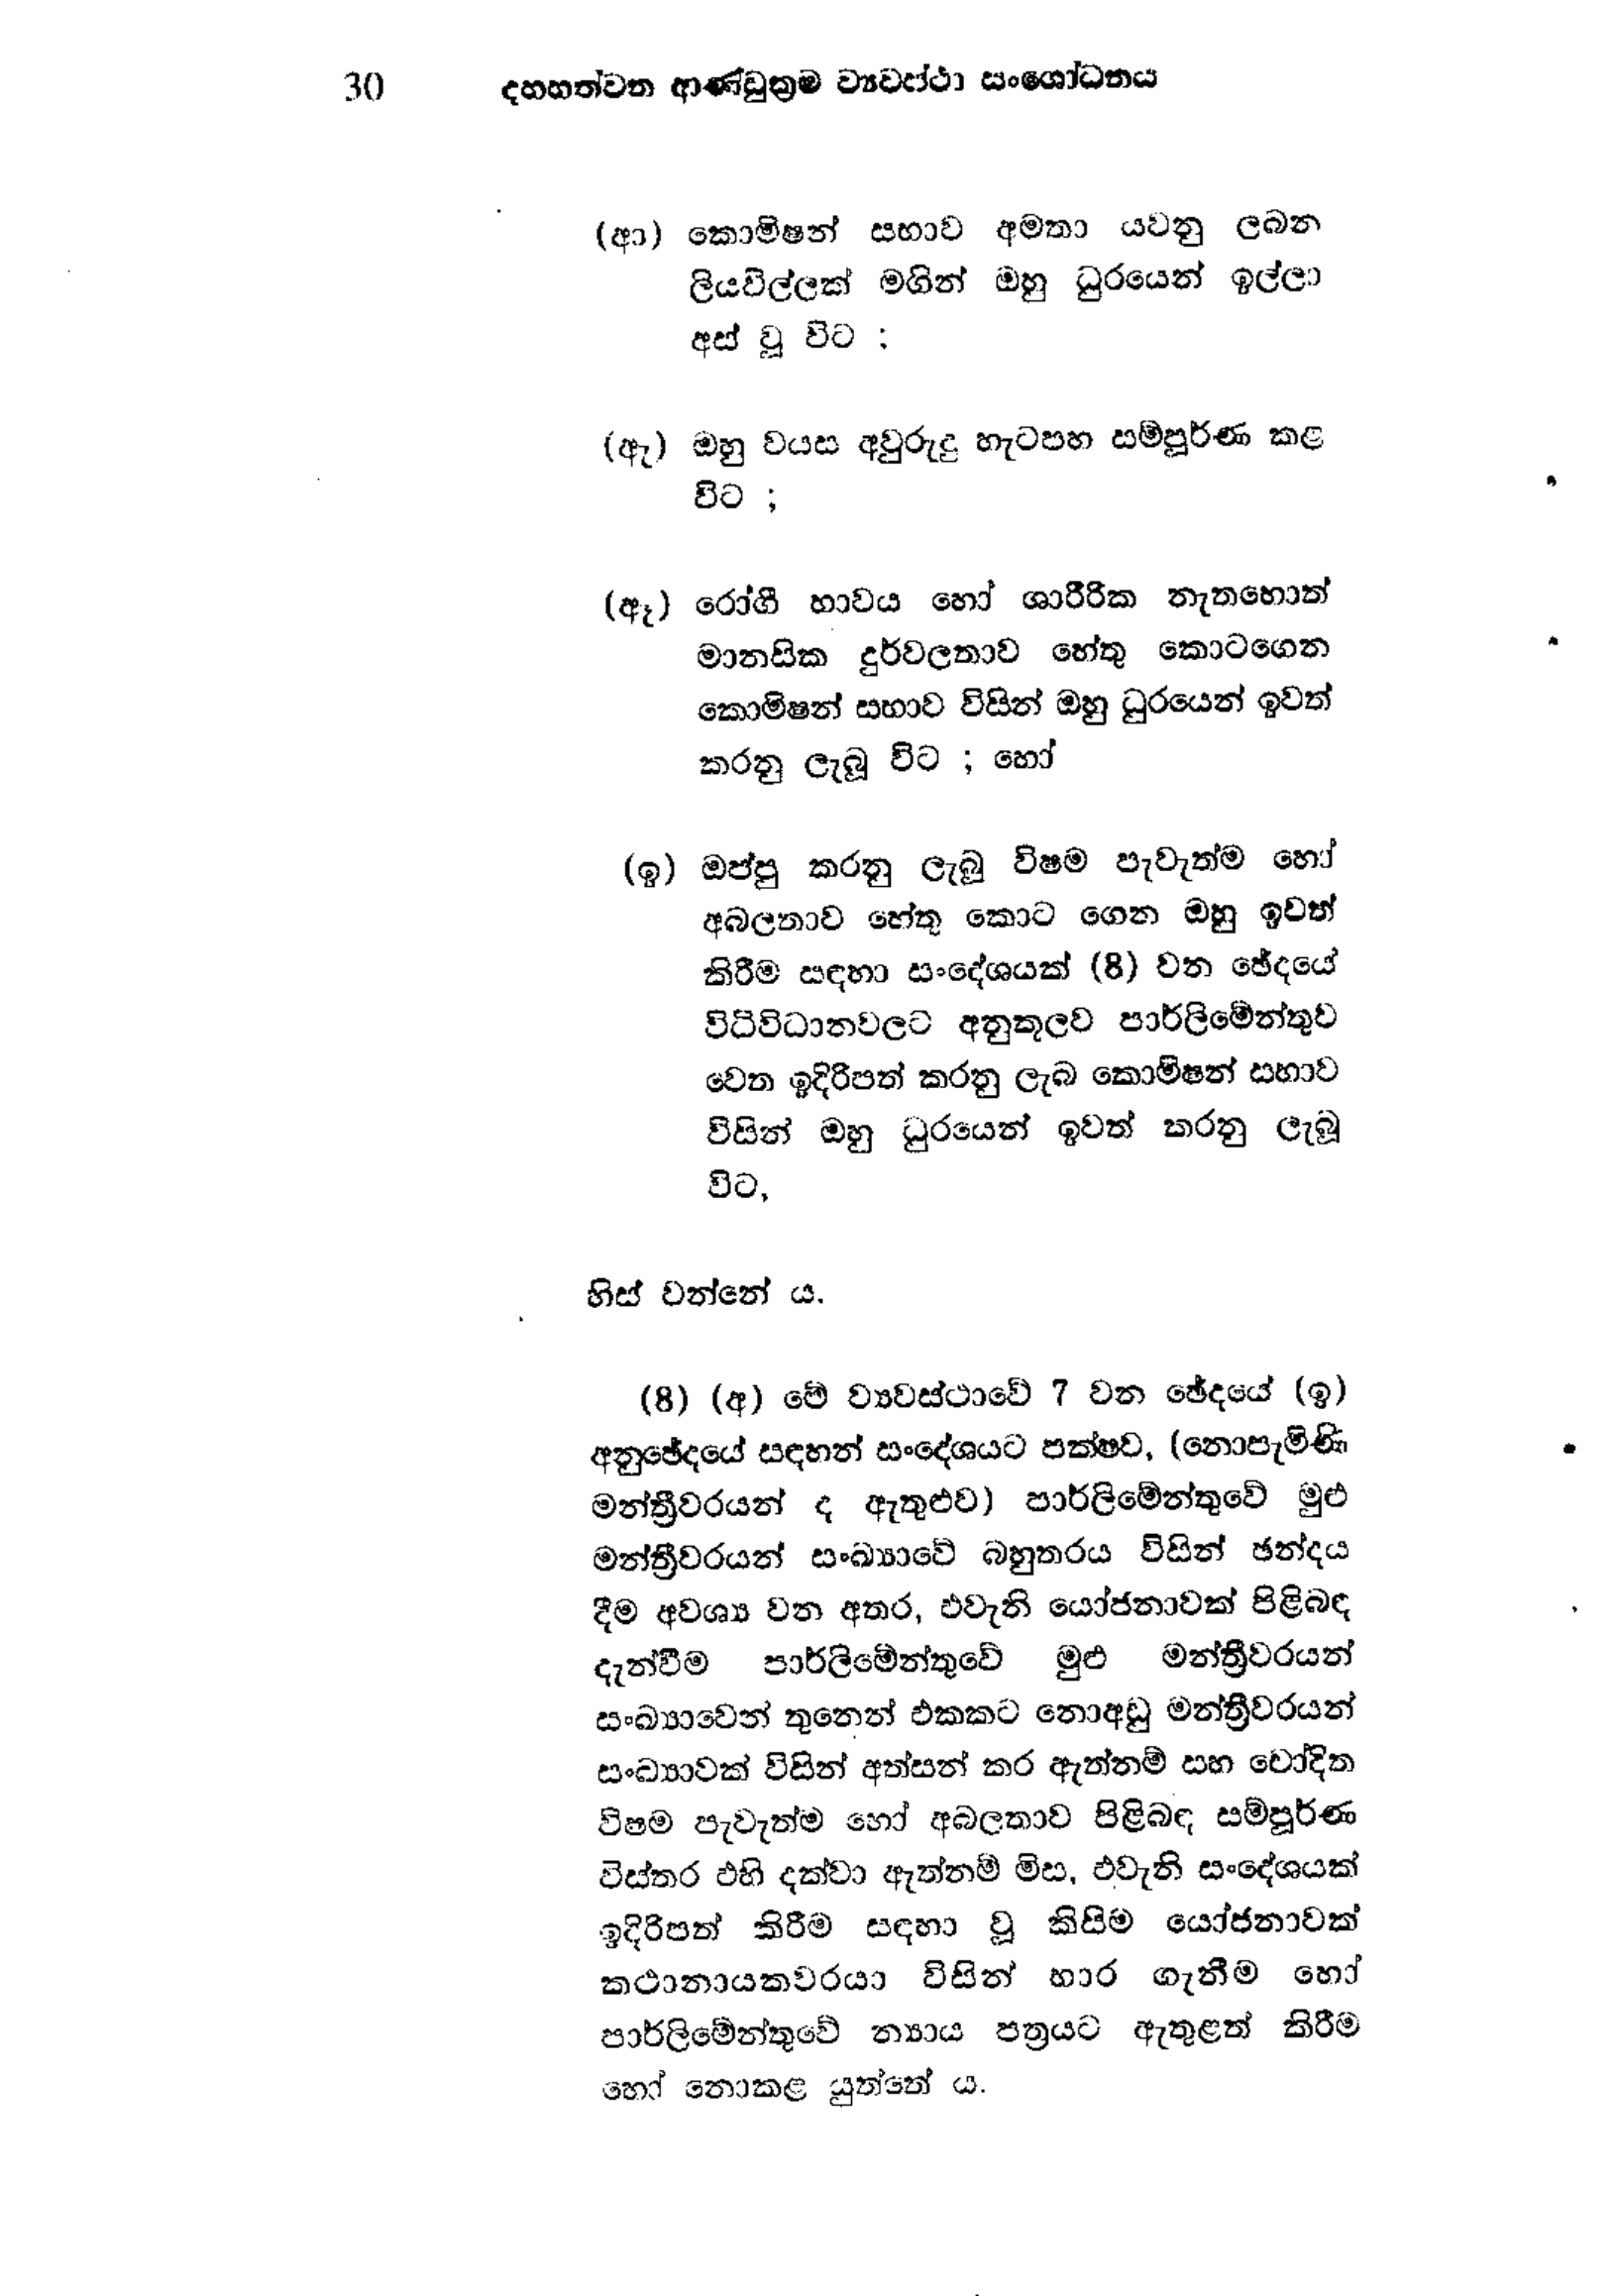
30 දහහත්වන ආණ්ඩුක්‍රම ව්‍යවස්ථා සංශෝධනය

(ආ) කොමිෂන් සභාව අමතා යවනු ලබන
ලියවිල්ලක් මගින් ඔහු ධුරයෙන් ඉල්ලා
අස් වූ විට

(ඇ) ඔහු වයස අවුරුදු හැටපහ සම්පුර්ණ කළ
විට ;

(ඈ) රෝගී භාව්ය හෝ ශාරීරික නැතහොත්
මානසික දුර්වලතාව හේතු කොටගෙන
කොමිෂන් සභාව විසින් ඔහු ධුරයෙන් ඉවත්
කරනු ලැබූ විට ; හෝ

(ඉ) ඔප්පු කරනු ලැබූ විෂම පැවැත්ම හෝ
අබලතාව හේතු කොට ගෙන ඔහු ඉවත්
කිරීම සඳහා සංදේශයක් (8) වන ඡේදයේ
විධිවිධානවලට අනුකූලව පාර්ලිමේන්තුව
වෙත ඉදිරිපත් කරනු ලැබ කොමිෂන් සභාව
විසින් ඔහු ධුරයෙන් ඉවත් කරනු ලැබූ
විට,

හිස් වන්නේ ය.

( 8 ) (අ) මේ ව්‍යවස්ථාවේ 7 වන ඡේදයේ (ඉ)
අනුඡේදයේ සඳහන් සංදේශයට පක්ෂව, (නොපැමිණි
මන්ත්‍රීවරයන් ද ඇතුළුව) පාර්ලිමේන්තුවේ මුළු
මන්ත්‍රීවරයන් සංඛ්‍යාවේ බහුතරය විසින් ඡන්දය
දීම අවශ්‍ය වන අතර, එවැනි යෝජනාවක් පිළිබඳ
දැන්වීම පාර්ලිමේන්තුවේ මුළු මන්ත්‍රීවරයන්
සංඛ්‍යාවෙන් තුනෙන් එකකට නොඅඩු මන්ත්‍රීවරයන්
සංඛ්‍යාවක් විසින් අත්සන් කර ඇත්නම් සහ චෝදිත
විෂම පැවැත්ම හෝ අබලතාව පිළිබඳ සම්පූර්ණ
විස්තර එහි දක්වා ඇත්නම් මිස, එවැනි සංදේශයක්
ඉදිරිපත් කිරීම සඳහා වූ කිසිම යෝජනාවක්
කථානායකවරයා විසින් හාර ගැනීම හෝ
පාර්ලිමේන්තුවේ න්‍යාය පත්‍රයට ඇතුළත් කිරීම
හෝ නොකළ යුත්තේය.